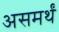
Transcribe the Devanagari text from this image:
असमर्थं